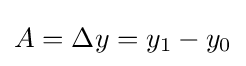
A=\Delta y=y_{1}-y_{0}